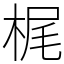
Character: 梶